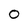
Character: 0